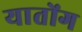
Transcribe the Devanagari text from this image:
यातोंग